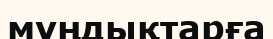
мұңдықтарға